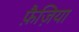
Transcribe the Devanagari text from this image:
फ़ैज़िया